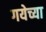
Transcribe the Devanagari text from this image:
गयेच्या